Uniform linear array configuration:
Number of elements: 48
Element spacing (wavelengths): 0.25
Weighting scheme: hann
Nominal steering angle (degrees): -15
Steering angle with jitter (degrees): -13.285
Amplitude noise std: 0.05
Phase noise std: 0.05

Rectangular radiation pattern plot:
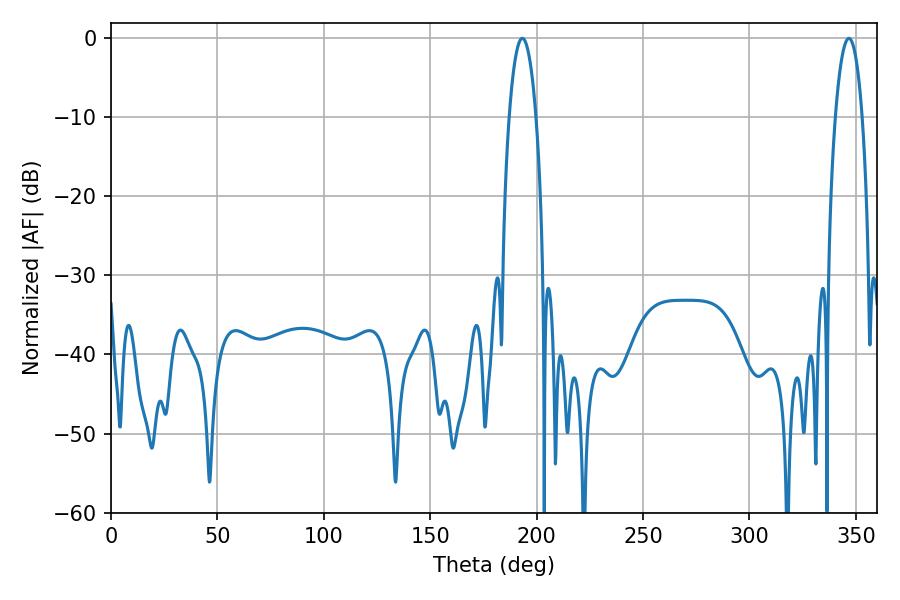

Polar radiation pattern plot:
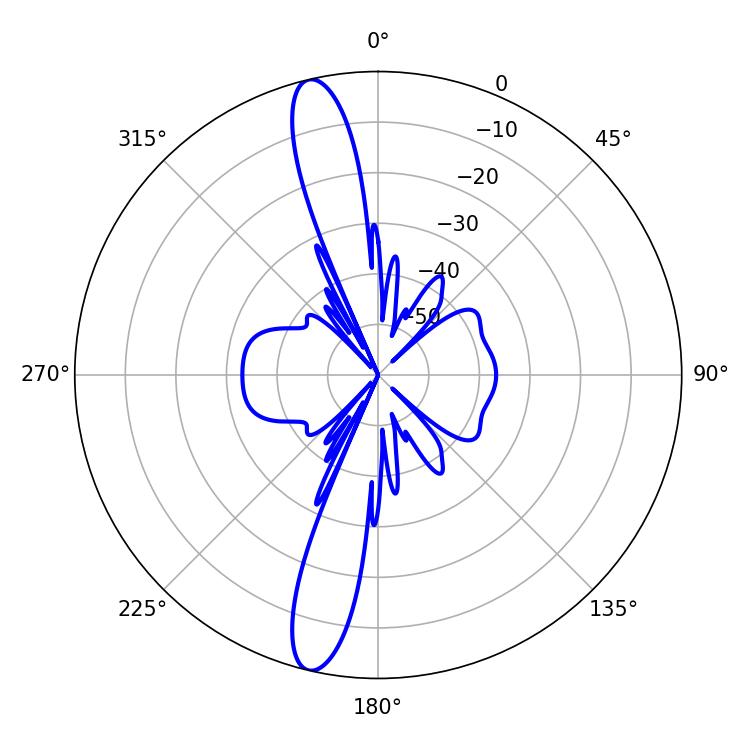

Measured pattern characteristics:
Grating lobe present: FALSE
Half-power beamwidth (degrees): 7.02
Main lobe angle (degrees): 193.32